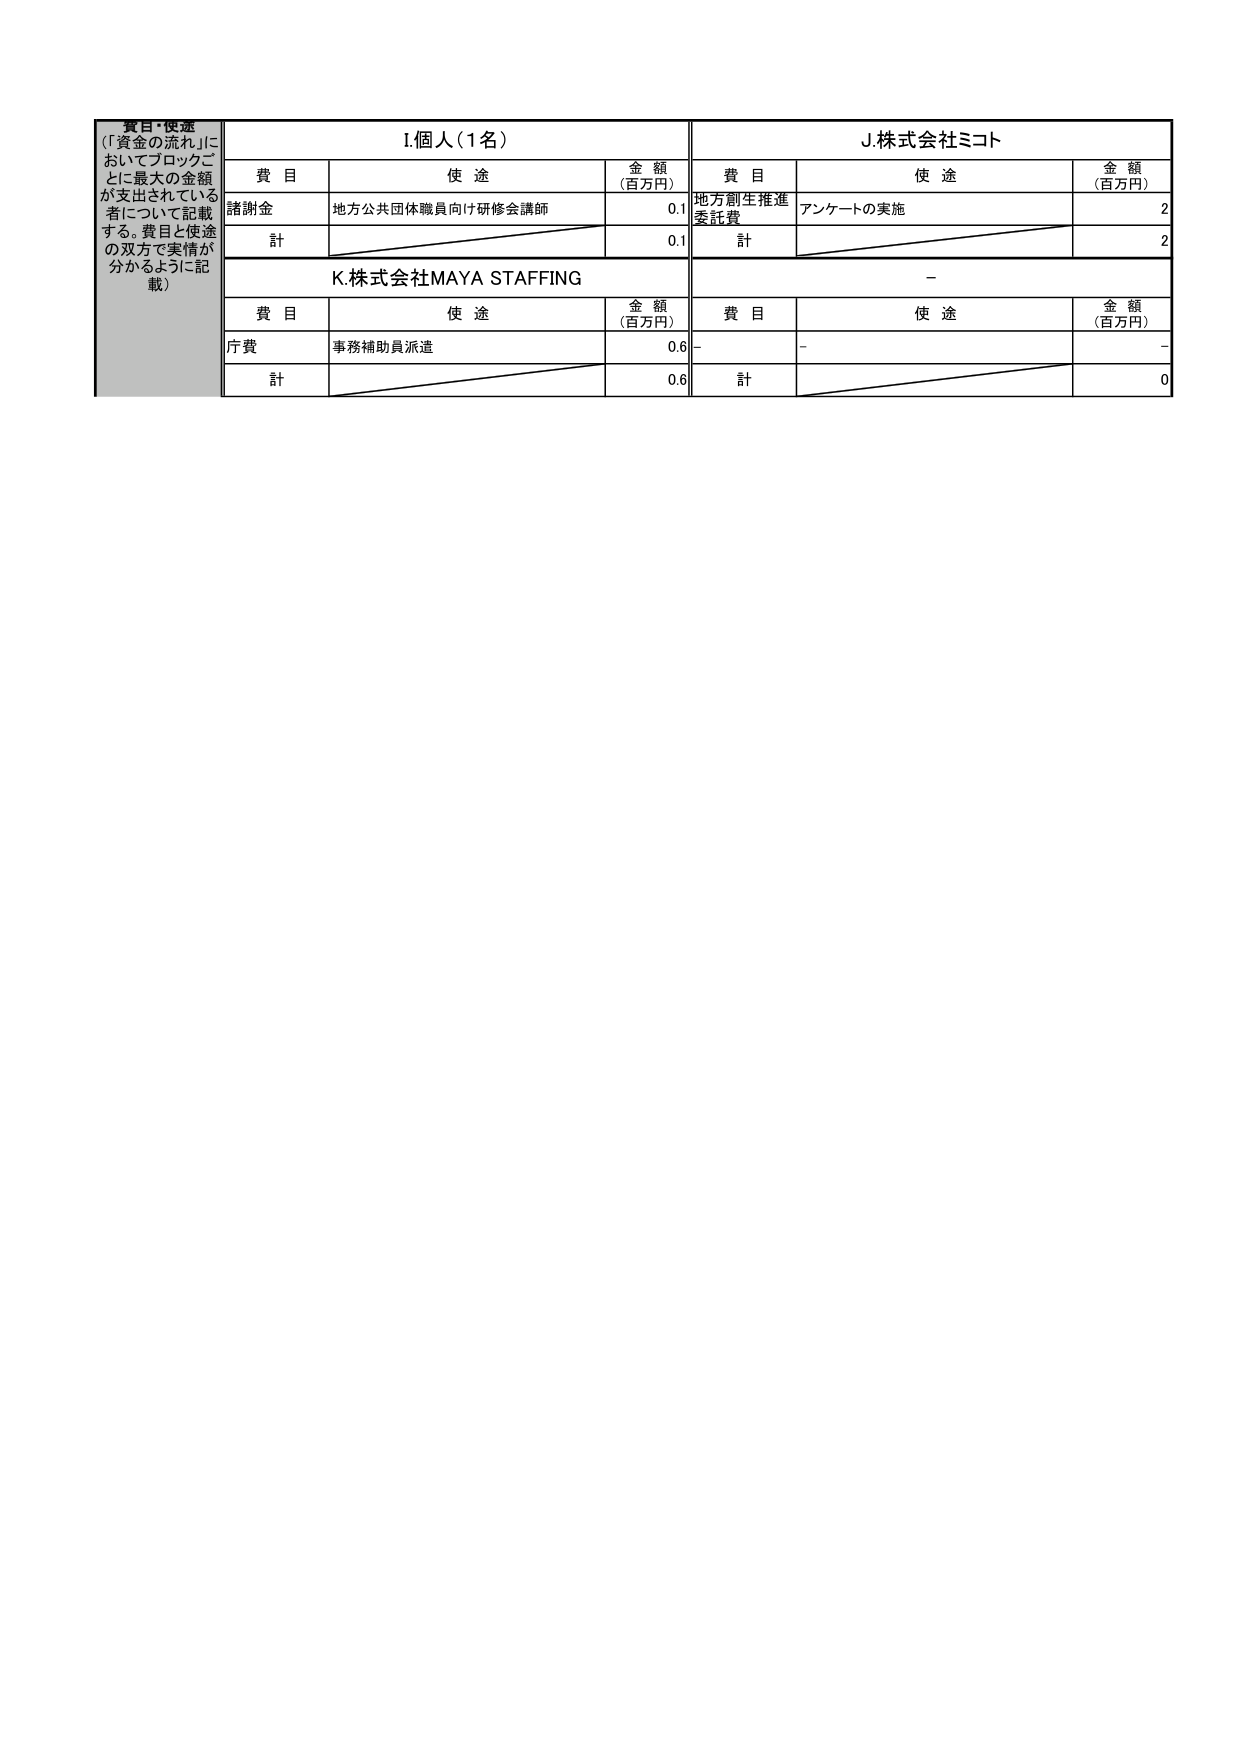
賛同・便益
（「資金の流れ」においてブロックごとに最大の金額が支出されている者について記載する。費目と使途の双方で実情が分かるように記載）

I.個人（1名）
費目　　使途　　金額（百万円）
諸謝金　地方公共団体職員向け研修会講師　0.1
計　　　　　　　　　　　　　　　　　　0.1

J.株式会社ミコト
費目　　使途　　金額（百万円）
地方創生推進委託費　アンケートの実施　2
計　　　　　　　　　　　　　　　　　　2

K.株式会社MAYA STAFFING
費目　　使途　　金額（百万円）
庁費　事務補助員派遣　0.6
計　　　　　　　　　　　　　　　　　　0.6

－
費目　　使途　　金額（百万円）
－　　－　　－
計　　　　　　　　　　　　　　　　　　0